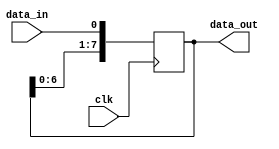
module serial_in_parallel_out(
    input wire clk,
    input wire data_in,
    output reg [7:0] data_out
);

reg [7:0] register;

always @(posedge clk) begin
    register <= {register[6:0], data_in}; // Shift in new data bit at MSB position
end

assign data_out = register;

endmodule